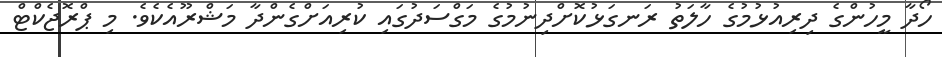
ހޯދާ މީހުންގެ ދިރިއުޅުމުގެ ހާލަތު ރަނގަޅުކޮށްދިނުމުގެ މަގްސަދުގައި ކުރިއަށްގެންދާ މަޝްރޫއެކެވެ. މި ޕްރޮޖެކްޓް